Indian journal of veterinary science and animal husbandry - Volume 13,
Year: 1943
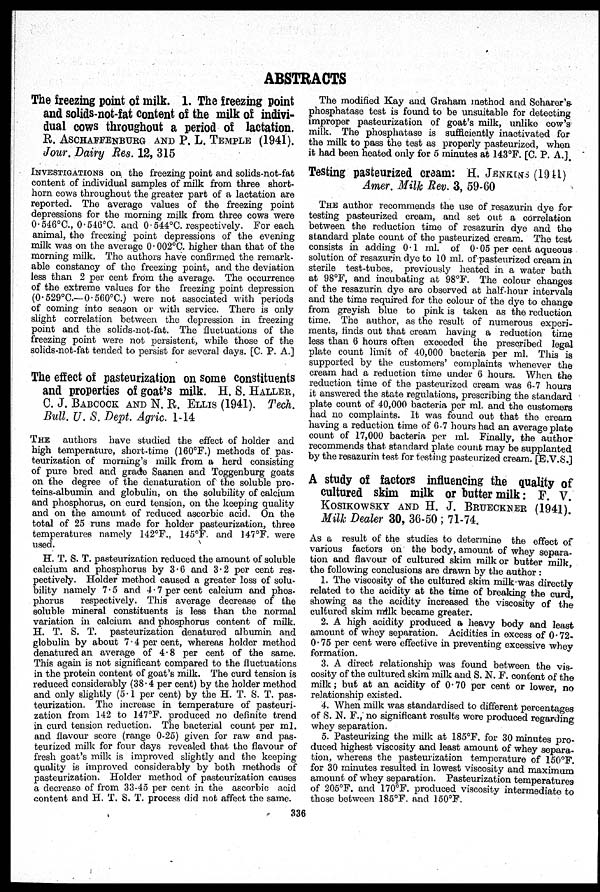
ABSTRACTS
The freezing point of milk. 1. The freezing point
and solids-not-fat content of the milk of indivi-
dual cows throughout a period of lactation.
R. ASCHAFFENBURG AND P. L. TEMPLE (1941).
Jour. Dairy Res. 12, 315
INVESTIGATIONS on the freezing point and solids-not-fat
content of individual samples of milk from three short-
horn cows throughout the greater part of a lactation are
reported. The average values of the freezing point
depressions for the morning milk from three cows were
0.546ºC., 0.546ºC. and 0.544ºC. respectively. For each
animal, the freezing point depressions of the evening
milk was on the average 0.002ºC. higher than that of the
morning milk. The authors have confirmed the remark-
able constancy of the freezing point, and the deviation
less than 2 per cent from the average. The occurrence
of the extreme values for the freezing point depression
(0.529ºC.— 0.560ºC.) were not associated with periods
of coming into season or with service. There is only
slight correlation between the depression in freezing
point and the solids-not-fat. The fluctuations of the
freezing point were not persistent, while those of the
solids-not-fat tended to persist for several days. [C. P. A.]
The effect of pasteurization on some constituents
and properties of goat's milk. H. S. HALLER,
C. J. BABCOCK AND N. R. ELLIS (1941). Tech.
Bull. U. S. Dept. Agric. 1-14
THE authors have studied the effect of holder and
high temperature, short-time (160ºF.) methods of pas-
teurization of morning's milk from a herd consisting
of pure bred and grade Saanen and Toggenburg goats
on the degree of the denaturation of the soluble pro-
teins-albumin and globulin, on the solubility of calcium
and phosphorus, on curd tension, on the keeping quality
and on the amount of reduced ascorbic acid. On the
total of 25 runs made for holder pasteurization, three
temperatures namely 142ºF., 145ºF. and 147ºF. were
used.
H. T. S. T. pasteurization reduced the amount of soluble
calcium and phosphorus by 3.6 and 3.2 per cent res-
pectively. Holder method caused a greater loss of solu-
bility namely 7.5 and 4.7 per cent calcium and phos-
phorus
respectively. This average decrease of the
soluble mineral constituents is less than the normal
variation in calcium and phosphorus content of milk.
H. T. S. T. pasteurization denatured albumin and
globulin by about 7.4 per cent, whereas holder method
denatured an average of 4.8 per cent of the same.
This again is not significant compared to the fluctuations
in the protein content of goat's milk. The curd tension is
reduced considerably (38.4 per cent) by the holder method
and only slightly (5.1 per cent) by the H. T. S. T. pas-
teurization. The increase in temperature of pasteuri-
zation from 142 to 147ºF. produced no definite trend
in curd tension reduction. The bacterial count per ml.
and flavour score (range 0.25) given for raw and pas-
teurized milk for four days revealed that the flavour of
fresh goat's milk is improved slightly and the keeping
quality is improved considerably by both methods of
pasteurization. Holder method of pasteurization causes
a decrease of from 33-45 per cent in the ascorbic acid
content and H. T. S. T. process did not affect the same.
The modified Kay and Graham method and Scharer's-
phosphatase test is found to be unsuitable for detecting
improper pasteurization of goat's milk, unlike cow's
milk. The phosphatase is sufficiently inactivated for
the milk to pass the test as properly pasteurized, when
it had been heated only for 5 minutes at 143ºF. [C. P. A.].
Testing pasteurized cream: H. JENKINS (1941)
Amer. Milk Rev. 3, 59-60
THE author recommends the use of resazurin dye for
testing pasteurized cream, and set out a correlation
between the reduction time of resazurin dye and the
standard plate count of the pasteurized cream. The test
consists in adding 0.1 ml. of 0.05 per cent aqueous
solution of resazurin dye to 10 ml. of pasteurized cream in
sterile test-tubes, previously heated in a water bath
at 98ºF, and incubating at 98ºF. The colour changes
of the resazurin dye are observed at half-hour intervals
and the time required for the colour of the dye to change
from greyish blue to pink is taken as the reduction
time. The author, as the result of numerous experi-
ments, finds out that cream having a reduction time
less than 6 hours often exceeded the prescribed legal
plate count limit of 40,000 bacteria per ml. This is
supported by the customers' complaints whenever the
cream had a reduction time under 6 hours. When the
reduction time of the pasteurized cream was 6-7 hours
it answered the state regulations, prescribing the standard
plate count of 40,000 bacteria per ml. and the customers
had no complaints. It was found out that the cream
having a reduction time of 6-7 hours had an average plate
count of 17,000 bacteria per ml. Finally, the author
recommends that standard plate count may be supplanted
by the resazurin test for testing pasteurized cream. [E.V.S.]
A study of factors influencing the quality of
cultured skim milk or butter milk: F. V.
KOSIKOWSKY AND H. J. BRUECKNER (1941).
Milk Dealer 30, 36-50 ; 71-74.
As a result of the studies to determine the effect of
various factors on the body, amount of whey separa-
tion and flavour of cultured skim milk or butter milk,
the following conclusions are drawn by the author :
1. The viscosity of the cultured skim milk-was directly
related to the acidity at the time of breaking the curd,
showing as the acidity increased the viscosity of the
cultured skim milk became greater.
2. A high acidity produced a heavy body and least
amount of whey separation. Acidities in excess of 0.72-
0.75 per cent were effective in preventing excessive whey
formation.
3. A direct relationship was found between the vis-
cosity of the cultured skim milk and S. N. F. content of the
milk; but at an acidity of 0.70 per cent or lower, no
relationship existed.
4. When milk was standardised to different percentages
of S. N. F., no significant results were produced regarding
whey separation.
5. Pasteurizing the milk at 185ºF. for 30 minutes pro-
duced highest viscosity and least amount of whey separa-
tion, whereas the pasteurization temperature of 150ºF.
for 30 minutes resulted in lowest viscosity and maximum
amount of whey separation. Pasteurization temperatures
of 205ºF. and 170ºF. produced viscosity intermediate to
those between 185ºF. and 150ºF.
336